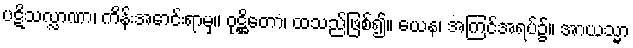
ပဋိသလ္လာဏာ၊ ကိန်းအောင်းရာမှ။ ဝုဋ္ဌိတော၊ ထသည်ဖြစ်၍။ ယေန၊ အကြင်အရပ်၌။ အာယသ္မာ